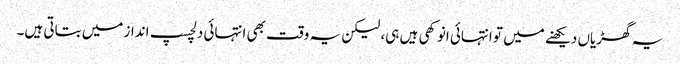
یہ گھڑیاں دیکھنے میں تو انتہائی انوکھی ہیں ہی، لیکن یہ وقت بھی انتہائی دلچسپ انداز میں بتاتی ہیں۔